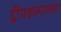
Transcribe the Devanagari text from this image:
द्वीपकल्पातल्या